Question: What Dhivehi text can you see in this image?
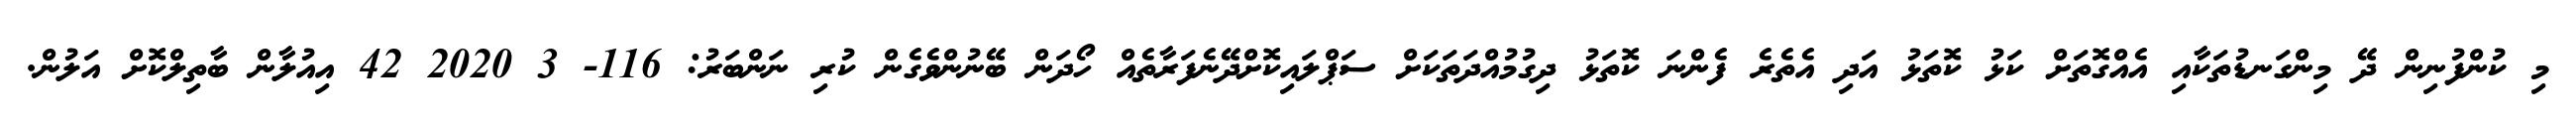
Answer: މި ކުންފުނިން ދޭ މިންގަނޑުތަކާއި އެއްގޮތަށް ކަޅު ކޮތަޅު އަދި އެތެރެ ފެންނަ ކޮތަޅު ދިގުމުއްދަތަކަށް ސަޕްލައިކޮށްދޭނެފަރާތެއް ހޯދަން ބޭނުންވެގެން ކުރި ނަންބަރު: 116- 3 2020 42 އިއުލާން ބާތިލްކޮށް އަލުން.